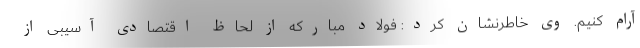
آرام کنیم. وی خاطرنشان کرد: فولاد مبارکه از لحاظ اقتصادی آسیبی از